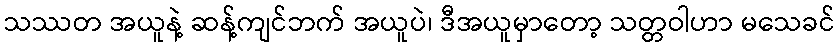
သဿတ အယူနဲ့ ဆန့်ကျင်ဘက် အယူပဲ၊ ဒီအယူမှာတော့ သတ္တဝါဟာ မသေခင်